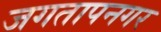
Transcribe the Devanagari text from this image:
जगतापनगर